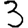
Digit: 3